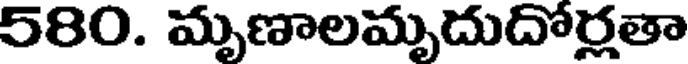
580. మృణాలమృదుదోర్లతా